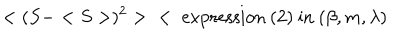
< ( S - < S > ) ^ { 2 } > \; \; < \mathrm { ~ e x p r e s s i o n ~ ( 2 ) ~ i n ~ } ( \beta , m , \lambda )